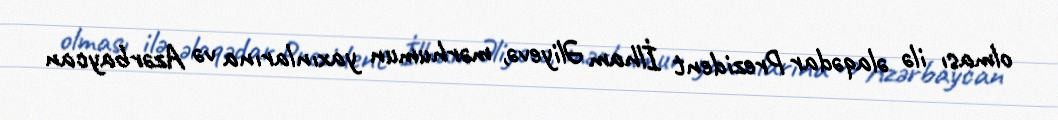
olması ilə əlaqədar Prezident İlham Əliyevə, mərhumun yaxınlarına və Azərbaycan